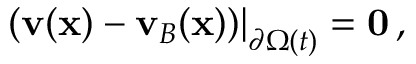
\begin{array} { r } { \left. ( \mathbf { v } ( \mathbf { x } ) - \mathbf { v } _ { B } ( \mathbf { x } ) ) \right| _ { \partial \Omega ( t ) } = \mathbf { 0 } \, , } \end{array}